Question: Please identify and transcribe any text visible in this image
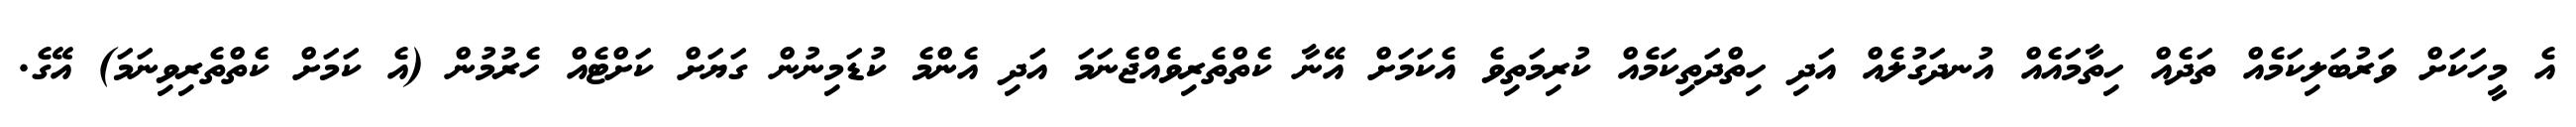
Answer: އެ މީހަކަށް ވަރުބަލިކަމެއް ތަދެއް ހިތާމައެއް އުނދަގުލެއް އަދި ހިތްދަތިކަމެއް ކުރިމަތިވެ އެކަމަށް އޭނާ ކެތްތެރިވެއްޖެނަމަ އަދި އެންމެ ކުޑަމިނުން ގަޔަށް ކަށްޓެއް ހެރުމުން (އެ ކަމަށް ކެތްތެރިވިނަމަ) އޭގެ.